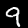
Label: 9